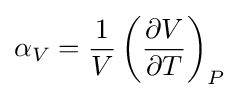
\alpha _{V}={\frac {1}{V}}\left({\frac {\partial V}{\partial T}}\right)_{P}